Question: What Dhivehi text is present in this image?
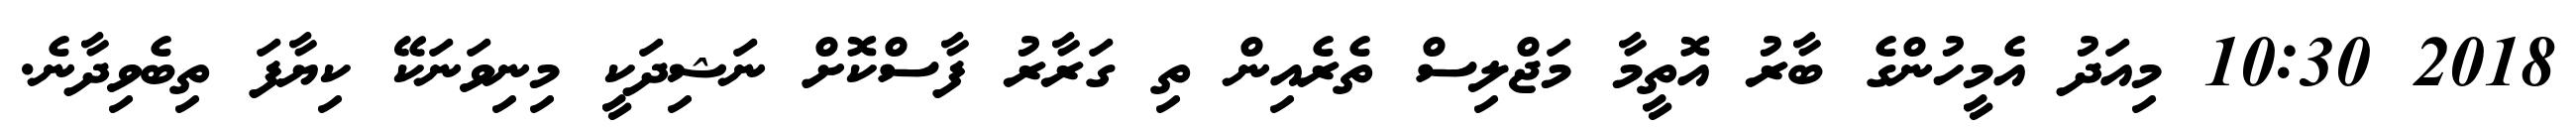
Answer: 2018 10:30 މިއަދު އެމީހުންގެ ބާރު އޮތީމާ މަޖްލިސް ތެރެއިން ތި ގަރާރު ފާސްކޮށް ނަޝިދަކީ މިނިވަނަކޭ ކިޔާފަ ތިބެވިދާނެ.